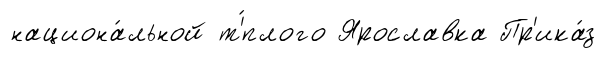
национа́льной т'́плого Ярославка Пр'ика́з